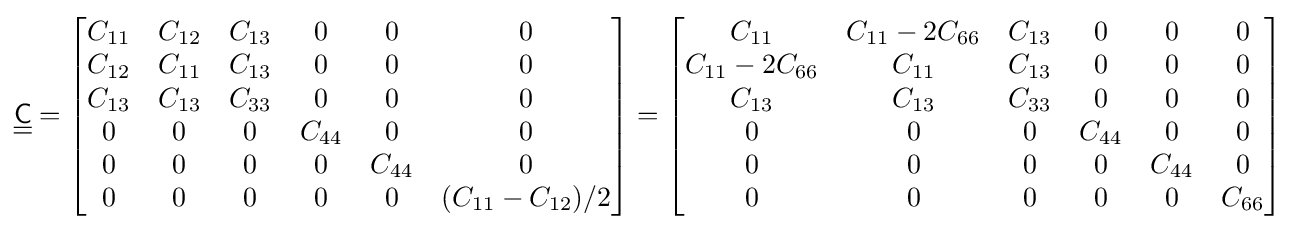
{\underline {\underline {\mathsf {C}}}}={\begin{bmatrix}C_{11}&C_{12}&C_{13}&0&0&0\\C_{12}&C_{11}&C_{13}&0&0&0\\C_{13}&C_{13}&C_{33}&0&0&0\\0&0&0&C_{44}&0&0\\0&0&0&0&C_{44}&0\\0&0&0&0&0&(C_{11}-C_{12})/2\end{bmatrix}}={\begin{bmatrix}C_{11}&C_{11}-2C_{66}&C_{13}&0&0&0\\C_{11}-2C_{66}&C_{11}&C_{13}&0&0&0\\C_{13}&C_{13}&C_{33}&0&0&0\\0&0&0&C_{44}&0&0\\0&0&0&0&C_{44}&0\\0&0&0&0&0&C_{66}\end{bmatrix}}